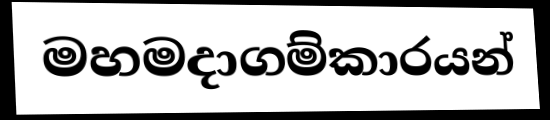
මහමදාගම්කාරයන්